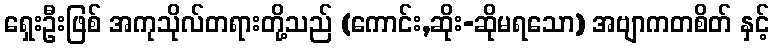
ရှေးဦးဖြစ် အကုသိုလ်တရားတို့သည် (ကောင်း,ဆိုး-ဆိုမရသော) အဗျာကတစိတ် နှင့်